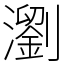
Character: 瀏